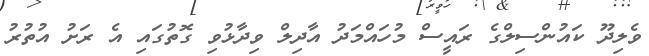
ވެލިދޫ ކައުންސިލްގެ ރައީސް މުހައްމަދު އާދިލް ވިދާޅުވި ގޮތުގައި އެ ރަށު އުތުރު